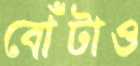
বোঁটাও